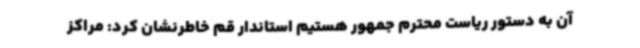
آن به دستور ریاست محترم جمهور هستیم استاندار قم خاطرنشان کرد: مراکز